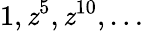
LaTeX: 1,\mathit{z}^{5},\mathit{z}^{10},\ldots